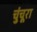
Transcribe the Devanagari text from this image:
चुंचूरा